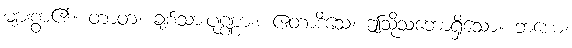
များစွာ၏။ တာတ၊ ချစ်သားပုဏ္ဏား။ ဧတာဒိသေ၊ ဤသို့သဘောရှိသော။ ဘယေ၊